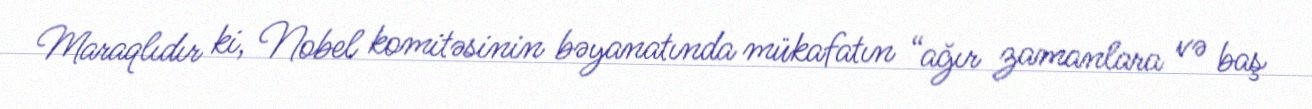
Maraqlıdır ki, Nobel komitəsinin bəyanatında mükafatın “ağır zamanlara və baş